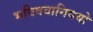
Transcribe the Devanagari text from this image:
भविषवानिययो